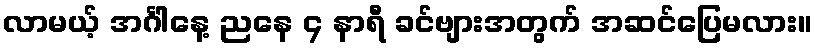
လာမယ့် အင်္ဂါနေ့ ညနေ ၄ နာရီ ခင်ဗျားအတွက် အဆင်ပြေမလား။